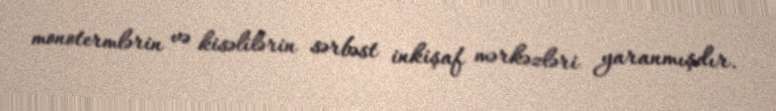
monotermlərin və kisəlilərin sərbəst inkişaf mərkəzləri yaranmışdır.